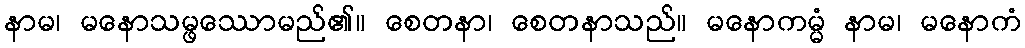
နာမ၊ မနောသမ္ဖဿောမည်၏။ စေတနာ၊ စေတနာသည်။ မနောကမ္မံ နာမ၊ မနောကံ